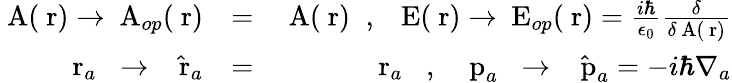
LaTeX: \begin{array}{rlr}{\mathrm{\mathbf~A}(\mathrm{\mathbf~r})\to\mathrm{\mathbf~A}_{op}(\mathrm{\mathbf~r})}&{=}&{\mathrm{\mathbf~A}(\mathrm{\mathbf~r})\; \; ,\; \; \mathrm{\mathbf~E}(\mathrm{\mathbf~r})\to\mathrm{\mathbf~E}_{op}(\mathrm{\mathbf~r})=\frac{i\hbar}{\epsilon_{0}}\frac{\delta}{\delta\mathrm{\mathbf~A}(\mathrm{\mathbf~r})}}\\ {\mathrm{\mathbf~r}_{a}\; \; \to\; \; \hat{\mathrm{\mathbf~r}}_{a}}&{=}&{{\mathrm{\mathbf~r}_{a}}\; \; \; ,\; \; \; \mathrm{\mathbf~p}_{a}\; \; \to\; \; \hat{\mathrm{\mathbf~p}}_{a}=-i\hbar\nabla_{a}}\end{array}